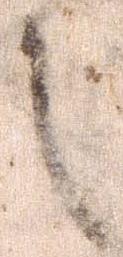
之